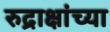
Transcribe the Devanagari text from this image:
रुद्राक्षांच्या